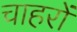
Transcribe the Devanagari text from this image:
चाहरों